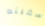
سفينه